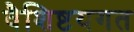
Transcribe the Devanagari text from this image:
वैशिष्टयगत